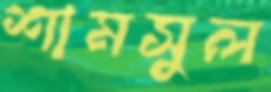
শামসুল